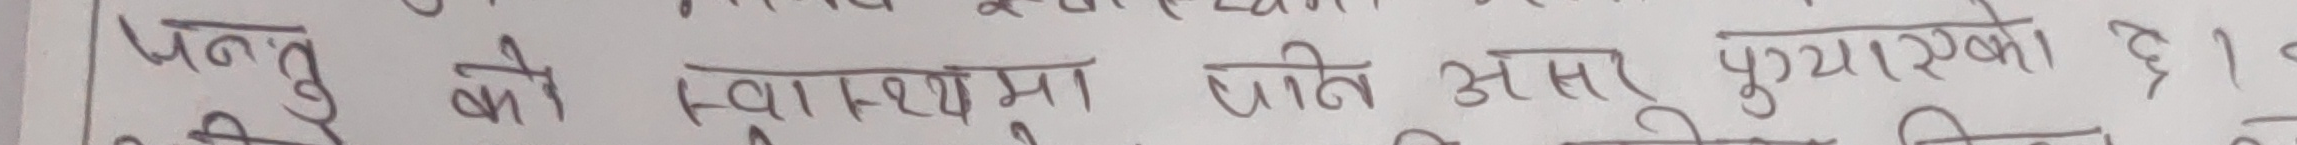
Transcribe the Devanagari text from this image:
पनु की स्वास्थ्यमा अति असर पुग्याएको छ।